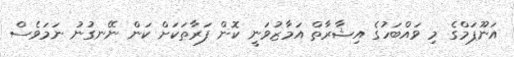
އަނޫޕަމްގެ މި ވައްބަހުގެ އިޝާރާތް އަމާޒުވަނީ ކޮން ފަރާތަކަށް ކަން ނޭނގުނު ނަމަވެސް